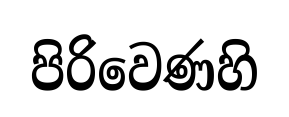
පිරිවෙණහි